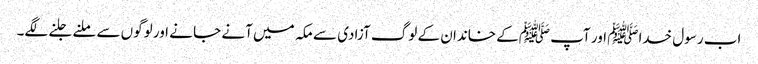
اب رسول خداﷺ اور آپ ﷺکے خاندان کے لوگ آزادی سے مکہ میں آنے جا نے اور لوگوں سے ملنے جلنے لگے۔